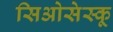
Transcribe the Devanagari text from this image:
सिओसेस्कू